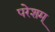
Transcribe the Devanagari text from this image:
परेशम्